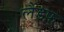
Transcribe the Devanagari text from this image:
लैंडफ़